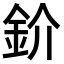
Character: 𫒌